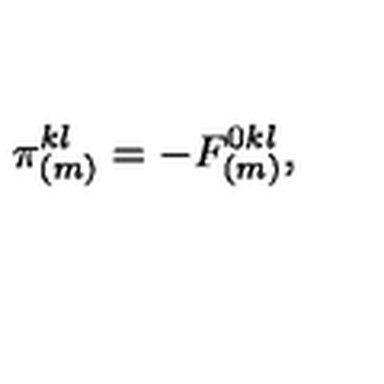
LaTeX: \pi _ { ( m ) } ^ { k l } = - F _ { ( m ) } ^ { 0 k l } ,